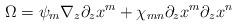
LaTeX: \begin{align*}\Omega =\psi _{m}\nabla _{z}\partial _{z}x^{m}+\chi _{mn}\partial_{z}x^{m}\partial _{z}x^{n}\end{align*}